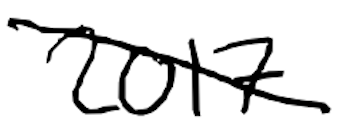
Text: 2017
Cross-out: diagonal
Writing tool: digital_black